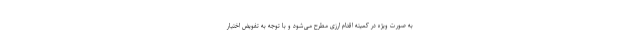
به صورت ویژه در کمیته اقدام ارزی مطرح می‌شود و با توجه به تفویض اختیار